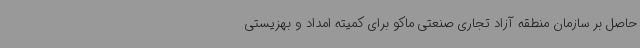
حاصل بر سازمان منطقه آزاد تجاری صنعتی ماکو برای کمیته امداد و بهزیستی